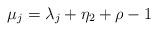
LaTeX: \begin{align*} \mu_j = \lambda_j + \eta_2 + \rho - 1 \end{align*}